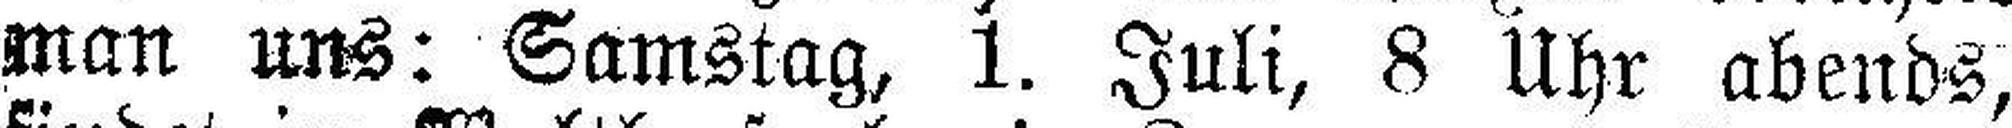
man uns: Samstag, 1. Juli, 8 Uhr abends,